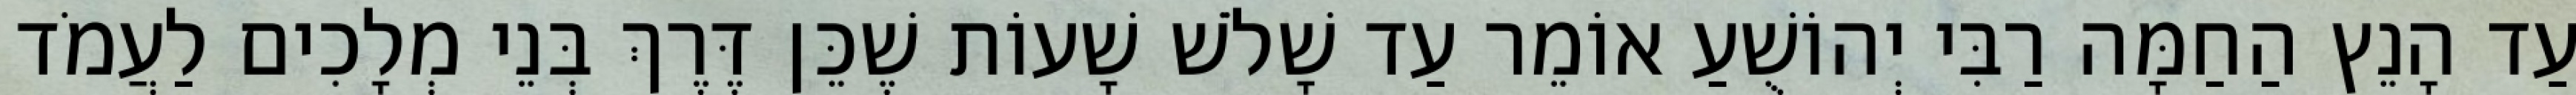
עַד הָנֵץ הַחַמָּה רַבִּי יְהוֹשֻׁעַ אוֹמֵר עַד שָׁלֹשׁ שָׁעוֹת שֶׁכֵּן דֶּרֶךְ בְּנֵי מְלָכִים לַעֲמֹד